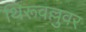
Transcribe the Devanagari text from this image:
थिरूवल्लुवर